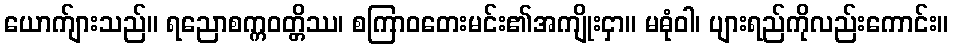
ယောက်ျားသည်။ ရညောစက္ကဝတ္တိဿ၊ စကြာဝတေးမင်း၏အကျိုးငှာ။ မဓုံဝါ၊ ပျားရည်ကိုလည်းကောင်း။